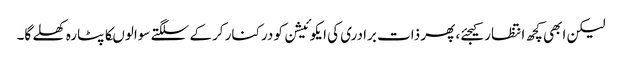
لیکن ابھی کچھ انتظار کیجئے، پھر ذات برادری کی ایکوئیشن کو درکنار کرکے سلگتے سوالوںکا پٹارہ کھلے گا۔